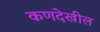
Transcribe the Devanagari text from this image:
कणदेखील